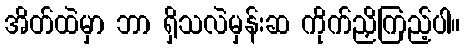
အိတ်ထဲမှာ ဘာ ရှိသလဲမှန်းဆ ကိုက်ညှိကြည့်ပါ။